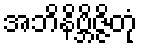
အဘိနိဗ္ဘိဇ္ဇိတုံ